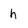
Character: h